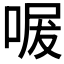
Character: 𭈩